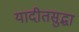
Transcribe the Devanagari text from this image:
यादीतसुद्धा